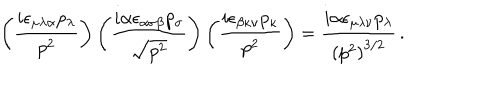
LaTeX: \left( \frac { i \epsilon _ { \mu \lambda \alpha } p _ { \lambda } } { p ^ { 2 } } \right) \left( \frac { i \alpha \epsilon _ { \alpha \sigma \beta } p _ { \sigma } } { \sqrt { p ^ { 2 } } } \right) \left( \frac { i \epsilon _ { \beta \kappa \nu } p _ { \kappa } } { p ^ { 2 } } \right) = \frac { i \alpha \epsilon _ { \mu \lambda \nu } p _ { \lambda } } { \left( p ^ { 2 } \right) ^ { 3 / 2 } } \, .